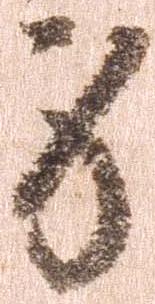
身